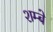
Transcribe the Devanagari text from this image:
शम्बे